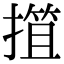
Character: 𢲶